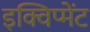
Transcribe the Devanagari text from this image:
इक्विप्मेंट